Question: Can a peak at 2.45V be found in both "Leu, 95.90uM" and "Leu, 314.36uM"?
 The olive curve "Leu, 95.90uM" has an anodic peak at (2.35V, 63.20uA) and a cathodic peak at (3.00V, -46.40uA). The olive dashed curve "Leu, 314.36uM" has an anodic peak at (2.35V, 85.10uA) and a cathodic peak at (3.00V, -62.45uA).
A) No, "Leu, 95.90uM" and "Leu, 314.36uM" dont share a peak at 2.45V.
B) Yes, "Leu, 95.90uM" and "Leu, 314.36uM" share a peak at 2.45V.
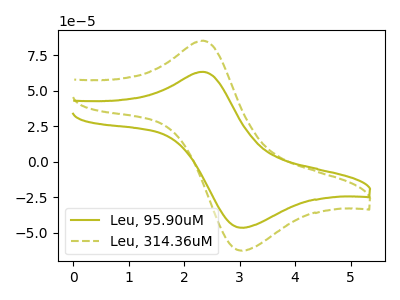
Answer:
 <answer>A) No, "Leu, 95.90uM" and "Leu, 314.36uM" dont share a peak at 2.45V.</answer>
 <eval>A</eval>